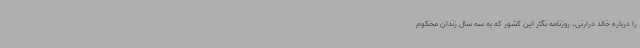
را درباره خالد درارنی، روزنامه نگار این کشور که به سه سال زندان محکوم